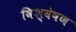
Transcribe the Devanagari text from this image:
विश्वेषण